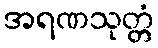
အရဏသုတ္တံ